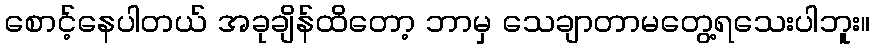
စောင့်နေပါတယ် အခုချိန်ထိတော့ ဘာမှ သေချာတာမတွေ့ရသေးပါဘူး။